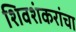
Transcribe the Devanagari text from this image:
शिवशंकरांचा